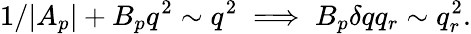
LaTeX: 1/|A_{p}|+B_{p}q^{2}\sim q^{2}\implies B_{p}\delta qq_{r}\sim q_{r}^{2}.